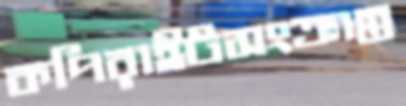
কপিরাইটসংক্রান্ত